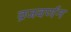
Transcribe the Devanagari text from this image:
व्रजवर्णन